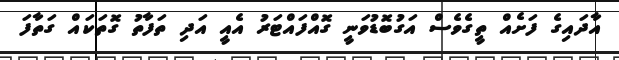
އާދައިގެ ފަށެއް ތީގެވެސް އަގުބޮޑުވަނީ ގޮއްފައްޓަރު އެއީ އަދި ތަފާތު ގޮތަކައް ގަތާފަ